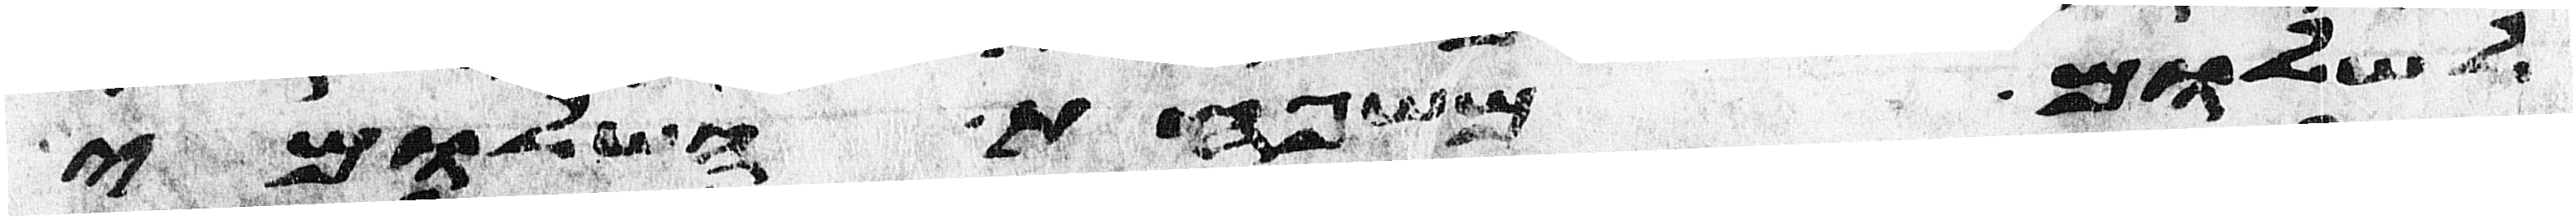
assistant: לשלום משפחת השלומי